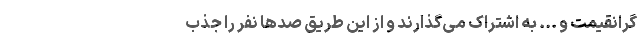
گرانقیمت و ... به اشتراک می‌گذارند و از این طریق‌ صدها نفر را جذب